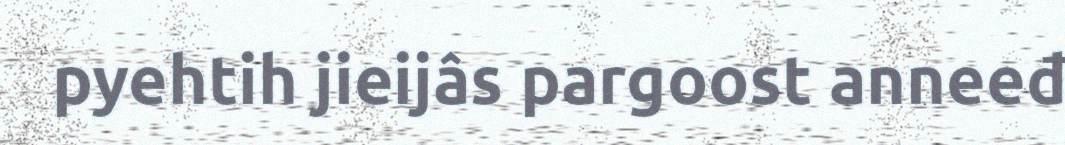
pyehtih jieijâs pargoost anneeđ